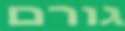
גורם